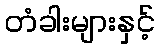
တံခါးများနှင့်